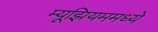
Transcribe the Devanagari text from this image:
म्यूझियममध्ये